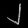
Digit: ၂